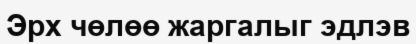
Эрх чөлөө жаргалыг эдлэв